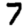
Digit: 7